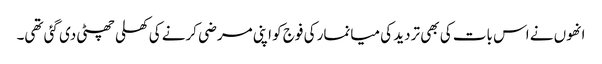
انھوں نے اس بات کی بھی تردید کی میانمار کی فوج کو اپنی مرضی کرنے کی کھلی چھٹی دی گئی تھی۔